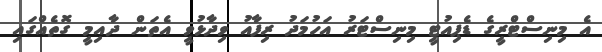
އެ މިނިސްޓްރީގެ ޑެޕިއުޓީ މިނިސްޓަރު އަހުމަދު ރިފާއު ވިދާޅުވީ އެތަން ދާއިމީ ގޮތެއްގައި